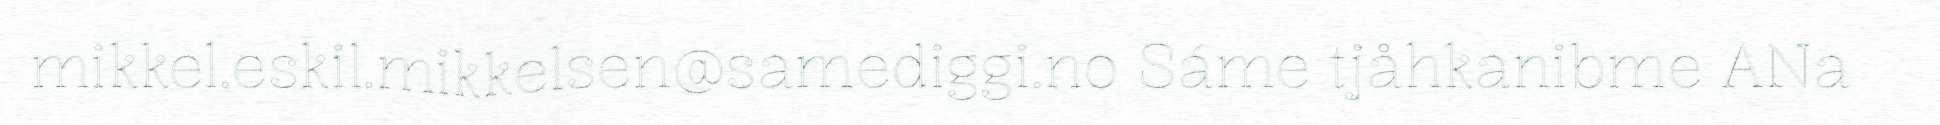
mikkel.eskil.mikkelsen@samediggi.no Sáme tjåhkanibme ANa